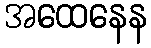
အထေနေန